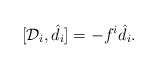
\begin{align*}[\mathcal{D}_i,\hat{d}_i]=- f^i\hat{d}_i.\end{align*}